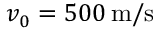
v _ { 0 } = 5 0 0 \, \mathrm { m / s }